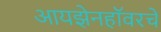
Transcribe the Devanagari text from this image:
आयझेनहॉवरचे